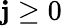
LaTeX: \mathbf{j}\geq0